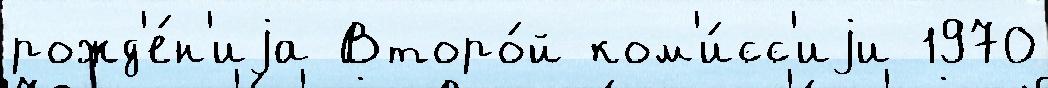
рожд'е́н'иjа Второ́й ком'и́сс'иjи 1970